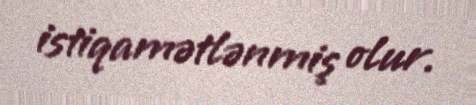
istiqamətlənmiş olur.